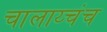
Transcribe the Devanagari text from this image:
चालाय्चंच